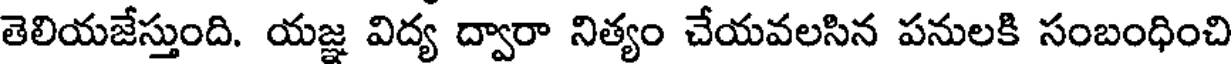
తెలియజేస్తుంది. యజ్ఞ విద్య ద్వారా నిత్యం చేయవలసిన పనులకి సంబంధించి